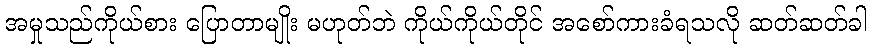
အမှုသည်ကိုယ်စား ပြောတာမျိုး မဟုတ်ဘဲ ကိုယ်ကိုယ်တိုင် အစော်ကားခံရသလို ဆတ်ဆတ်ခါ